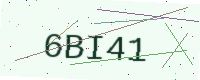
Text: 6BI41